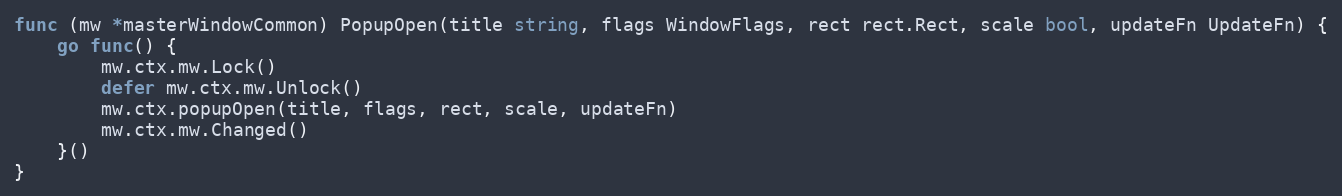
Language: Go
func (mw *masterWindowCommon) PopupOpen(title string, flags WindowFlags, rect rect.Rect, scale bool, updateFn UpdateFn) {
	go func() {
		mw.ctx.mw.Lock()
		defer mw.ctx.mw.Unlock()
		mw.ctx.popupOpen(title, flags, rect, scale, updateFn)
		mw.ctx.mw.Changed()
	}()
}